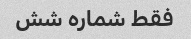
فقط شماره شش